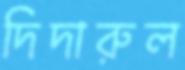
দিদারুল